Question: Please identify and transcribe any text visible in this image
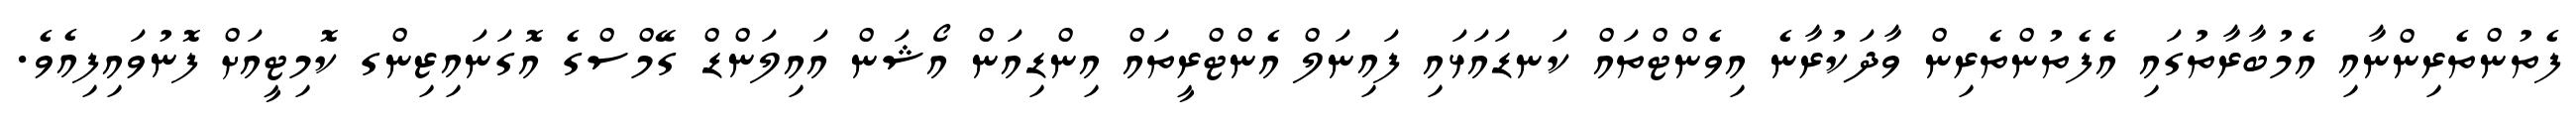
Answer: ފެތުންތެރިންނާއި އެމުބާރާތުގައި އެފެތުންތެރިން ވާދަކުރާނެ އިވެންޓްތައް ކަނޑައަޅައި ފައިނަލް އެންޓްރީތައް އިންޑިއަން އޯޝަން އައިލަންޑް ގޭމްސްގެ އޮގަނައިޒިންގ ކޮމިޓީއަށް ފޮނުވައިފިއެވެ.